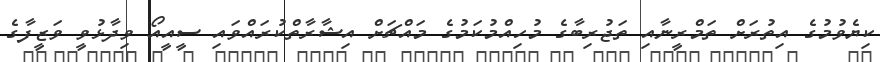
ކިޔެވުމުގެ އިތުރަށް ތަމްރީނާއި ތަޖުރިބާގެ މުހިއްމުކަމުގެ މައްޗަށް އިޝާރާތްކުރައްވައި ސީއީއޯ ވިދާޅުވީ ވަޒީފާގެ